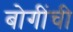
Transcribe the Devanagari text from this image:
बोगींची